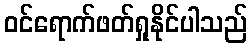
ဝင်ရောက်ဖတ်ရှုနိုင်ပါသည်